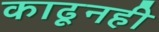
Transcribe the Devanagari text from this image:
काढूनही